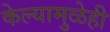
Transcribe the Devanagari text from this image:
केल्यामुळेही